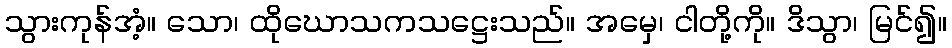
သွားကုန်အံ့။ သော၊ ထိုဃောသကသဋ္ဌေးသည်။ အမှေ၊ ငါတို့ကို။ ဒိသွာ၊ မြင်၍။